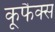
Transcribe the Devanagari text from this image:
कूफैक्स